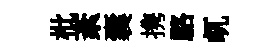
枇紊囊携駱屼